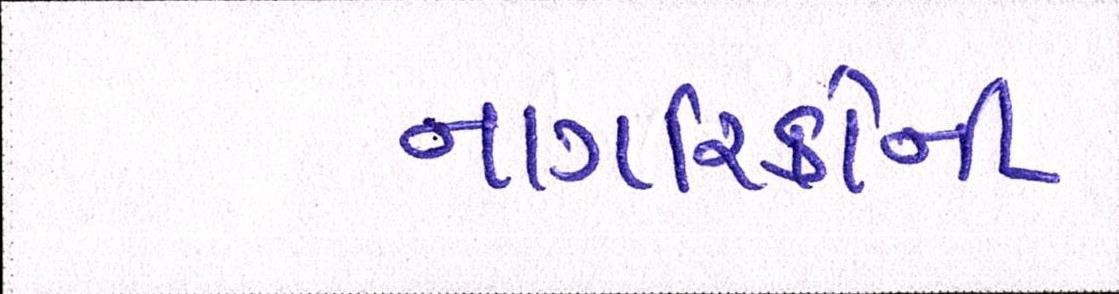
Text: નાગરિકોની